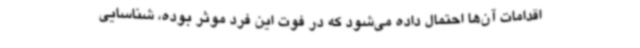
اقدامات آن‌ها احتمال داده می‌شود که در فوت این فرد موثر بوده، شناسایی